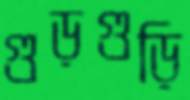
গুড়গুড়ি